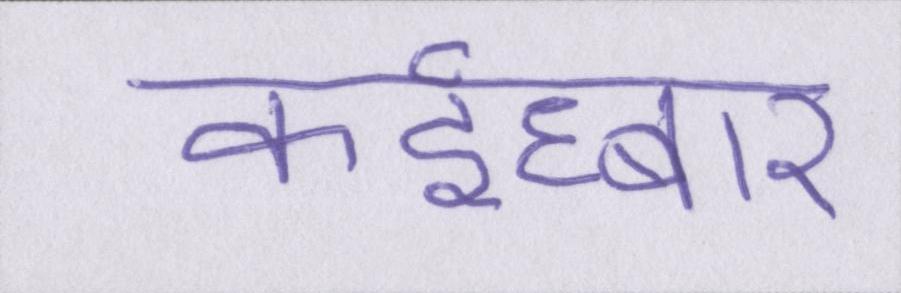
कईघ्बार